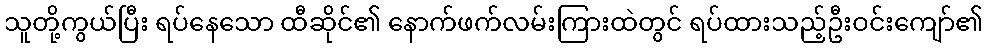
သူတို့ကွယ်ပြီး ရပ်နေသော ထီဆိုင်၏ နောက်ဖက်လမ်းကြားထဲတွင် ရပ်ထားသည့်ဦးဝင်းကျော်၏